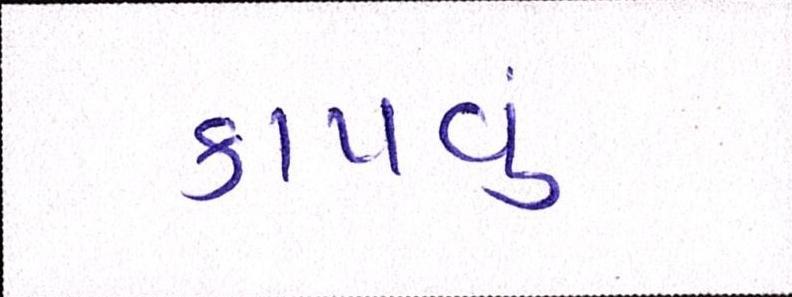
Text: કાપવુ